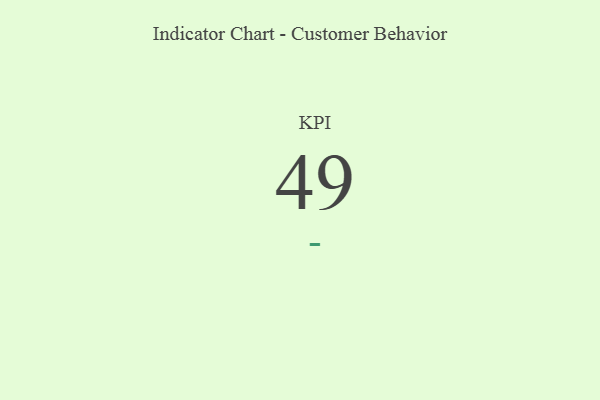
{"axis": {"x": "KPI", "y": "Value"}, "legend": [""], "data": [{"x": "KPI", "y": 49, "type": ""}]}